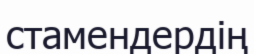
стамендердің